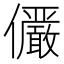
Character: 𫤌